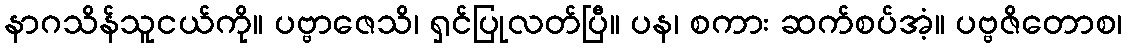
နာဂသိန်သူငယ်ကို။ ပဗ္ဗာဇေသိ၊ ရှင်ပြုလတ်ပြီ။ ပန၊ စကား ဆက်စပ်အံ့။ ပဗ္ဗဇိတောစ၊